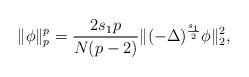
LaTeX: \begin{align*}\|\phi\|_p^p=\frac{2s_1p}{N(p-2)}\|(-\Delta)^{\frac {s_1} {2}} \phi\|_2^2,\end{align*}